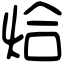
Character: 烚